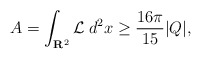
\begin{align*}A = \int_{{\bf R}^2} {\cal L}\;d^2 x \geq \frac{16 \pi}{15} |Q|,\;\;\;\;\;\;\;\; \;\;\end{align*}